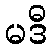
မဒီ